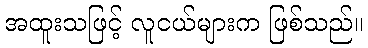
အထူးသဖြင့် လူငယ်များက ဖြစ်သည်။